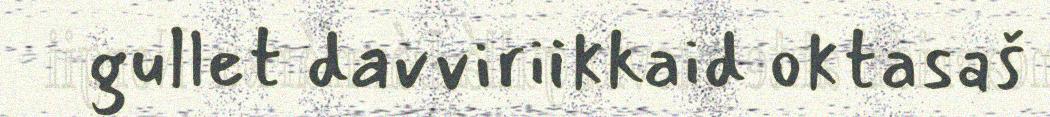
gullet davviriikkaid oktasaš